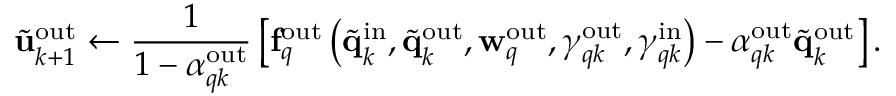
\widetilde { \mathbf { u } } _ { k + 1 } ^ { \mathrm { o u t } } \gets \frac { 1 } { 1 - \alpha _ { q k } ^ { \mathrm { o u t } } } \left[ \mathbf { f } _ { q } ^ { \mathrm { o u t } } \left( \widetilde { \mathbf { q } } _ { k } ^ { \mathrm { i n } } , \widetilde { \mathbf { q } } _ { k } ^ { \mathrm { o u t } } , \mathbf { w } _ { q } ^ { \mathrm { o u t } } , \gamma _ { q k } ^ { \mathrm { o u t } } , \gamma _ { q k } ^ { \mathrm { i n } } \right) - \alpha _ { q k } ^ { \mathrm { o u t } } \widetilde { \mathbf { q } } _ { k } ^ { \mathrm { o u t } } \right] .